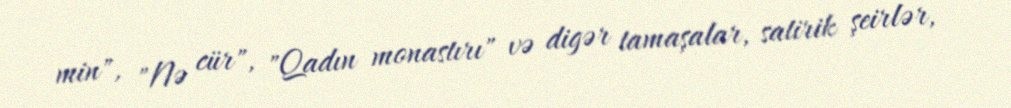
min", "Nə cür", "Qadın monastırı" və digər tamaşalar, satirik şeirlər,